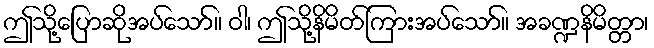
ဤသို့ပြောဆိုအပ်သော်။ ဝါ၊ ဤသို့နိမိတ်ကြားအပ်သော်။ အခဏ္ဍနိမိတ္တာ၊